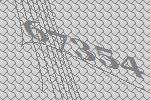
67354